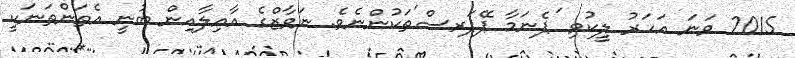
2015 ވަނަ އަހަރު ލީކުވި 'ޕެނަމާ ޕޭޕަރސް'ތަކުންނެވެ. ނަވާޒްގެ އާއިލާއިން ބުނީ އެތަންތަނަކީ